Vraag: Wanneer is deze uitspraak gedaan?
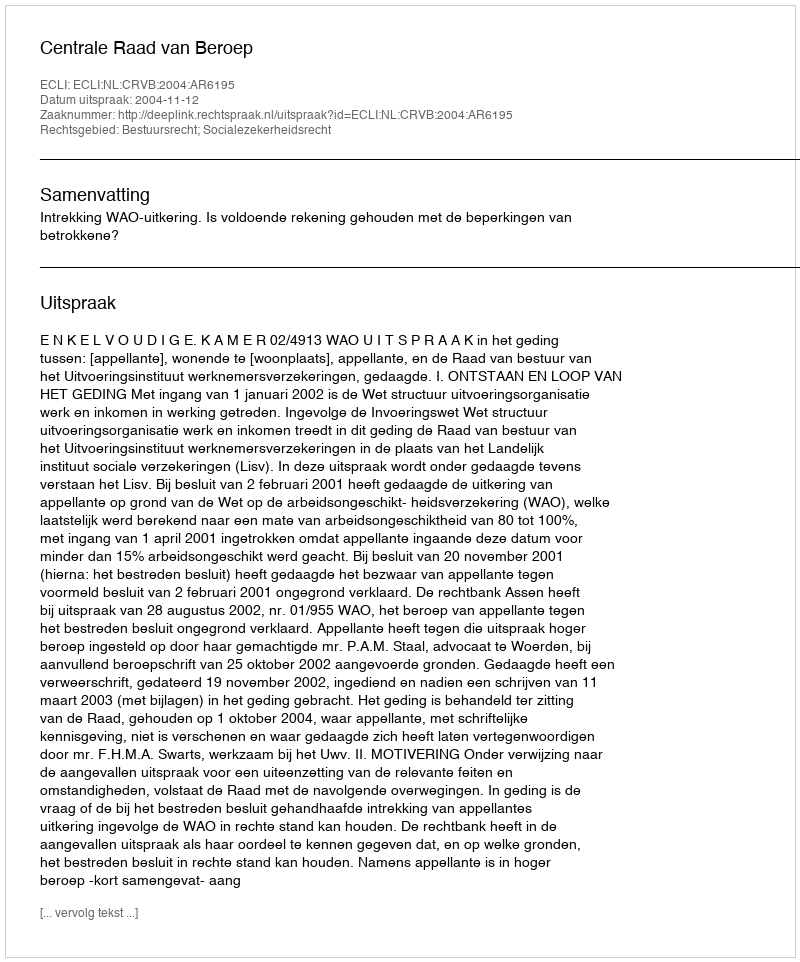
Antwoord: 2004-11-12